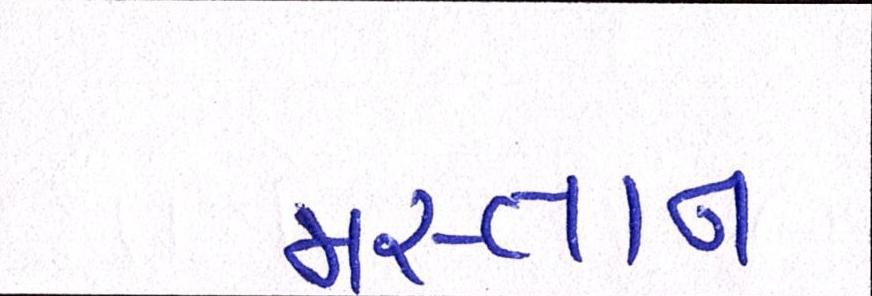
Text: મસ્તાન